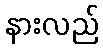
နားလည်